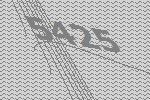
5425